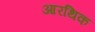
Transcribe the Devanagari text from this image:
आरथिक